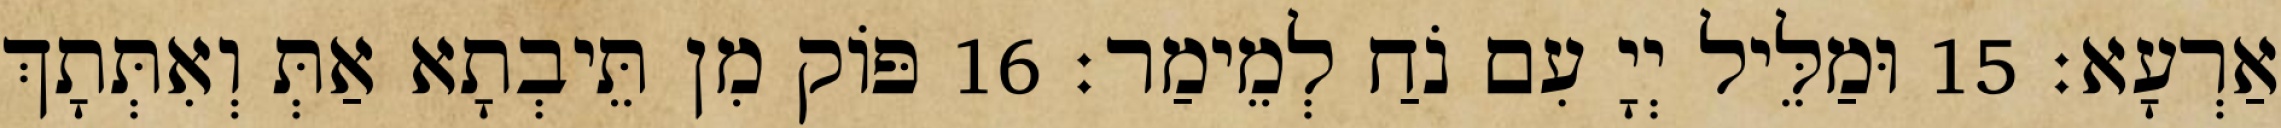
אַרְעָא׃ 15 וּמַלֵּיל יְיָ עִם נֹחַ לְמֵימַר׃ 16 פּוֹק מִן תֵּיבְתָא אַתְּ וְאִתְּתָךְ